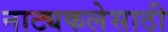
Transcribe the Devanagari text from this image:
नाट्यकलेसाठी